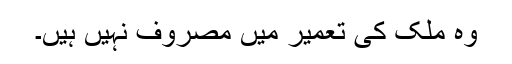
وہ ملک کی تعمیر میں مصروف نہیں ہیں۔